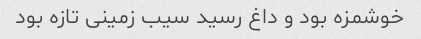
خوشمزه بود و داغ رسید سیب زمینی تازه بود